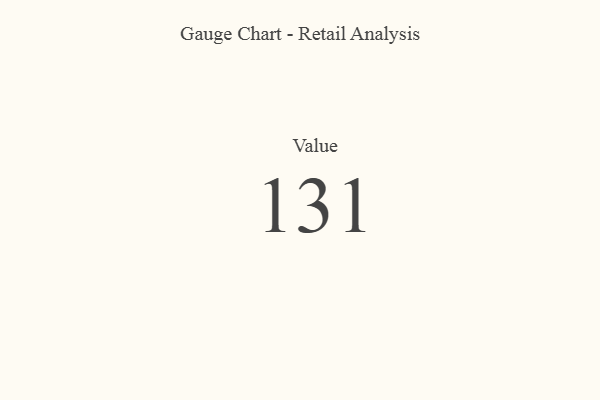
{"axis": {"x": "Metric", "y": "Value"}, "legend": [""], "data": [{"x": "Value", "y": 131, "type": ""}]}